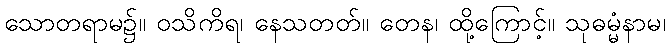
သောတရာမ၌။ ဝသိကိရ၊ နေသတတ်။ တေန၊ ထို့ကြောင့်။ သုဓမ္မံနာမ၊